Sanitation, dispensaries and jails vaccination Rajputana 1922-1927 - 1922-1927
Year: 1922
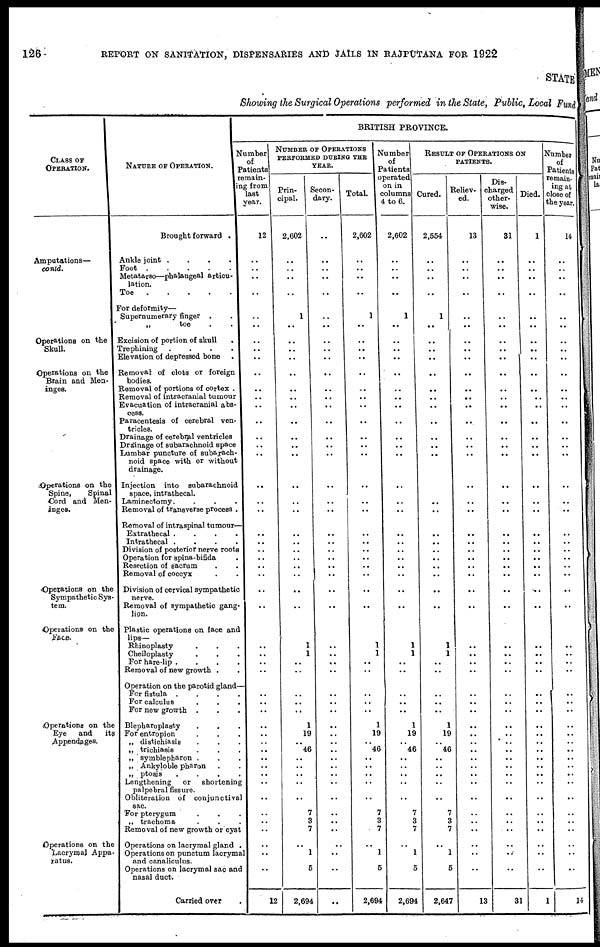
126
REPORT ON SANITATION, DISPENSARIES AND JAILS IN RAJPUTANA FOR 1922
STATE
Showing the Surgical Operations performed in the State, Public, Local Fund
CLASS OF
OPERATION.
Amputations—
conld.
Operations on the
Skull.
Operations on the
Brain and Men-
inges.
Operations on the
Spine,
Spinal
Cord and Men-
inges.
Operations on the
Sympathetic Sys-
tem.
Operations on the
Face.
Operations on the
Eye
and its
Appendages.
Operations on the
Lacrymal Appa-
ratus.
NATURE OF OPERATION.
Brought forward .
Ankle joint
.
.
.
.
Foot
Metatarso—phalangeal articu-
lation.
Toe
For deformity—
Supernumerary finger ..
„
toe ..
Excision of portion of skull .
Trephining
.
.
.
.
Elevation of depressed bone .
Removal of clots or foreign
bodies.
Removal of portions of cortex .
Removal of intracranial tumour
Evacuation of intracranial abs-
cess.
Paracentesis of cerebral ven-
tricles.
Drainage of cerebral ventricles
Drainage of Bubarachnoid space
Lumbar puncture of subajach-
noid space with or without
drainage.
Injection into subarachnoid
space, intrathecal.
Laminectomy....
Removal of transverse process .
Removal of intraspinal tumour—
Extrathecal
.
.
.
.
Intrathecal
.
.
.
.
Division of posterior nerve roots
Operation for spina-bifida .
Resection of sacrum ..
Removal of coccyx ..
Division of cervical sympathetic
nerve.
Removal of sympathetic gang-
lion.
Plastic operations on face and
lips—
Rhinoplasty ...
Cheiloplasty ...
For hare-lip
.
.
.
.
Removal of new growth ..
Operation on the parotid gland—
For
fistula
.
.
.
.
For calculus ...
For new growth ...
Blepharoplasty ...
For entropion ...
„ distichiasis ...
„ trichiasis ...
„ symblepharon ...
„ Ankyloble pharon ...
„ ptosis ...
Lengthening or shortening
palpebral fissure.
Obliteration of conjunctival
sac.
For pterygum
...
„ trachoma ...
Removal of new growth or cyst
Operations on lacrymal gland .
Operations on punctum lacryma
and canaliculus.
Operations on lacrymal sac and
nasal duct.
Carried over .
BRITISH PROVINCE.
Number
of
Patients
remain-
ing from
last
year.
12
..
..
..
..
..
..
..
..
..
..
..
..
..
..
..
..
..
..
..
..
..
..
..
..
..
..
..
..
..
..
..
..
..
..
..
..
..
..
..
..
..
..
..
..
..
..
..
..
..
1
..
12
NUMBER OF OPERATIONS
PERFORMED DURING THE
YEAR.
Prin-
cipal.
2,602
..
..
..
..
1
..
..
..
..
..
..
..
..
..
..
..
..
..
..
..
..
..
..
..
..
..
..
..
..
1
1
..
..
..
..
..
1
19
..
46
..
..
..
..
..
7
3
7
..
1
5
2,694
Secon-
dary.
..
..
..
..
..
..
..
..
..
..
..
..
..
..
..
..
..
..
..
..
..
..
..
..
..
..
..
..
..
..
..
..
..
..
..
..
..
..
..
..
..
..
..
..
..
..
..
..
..
..
..
..
..
Total.
2,602
..
..
..
..
1
..
..
..
..
..
..
..
..
..
..
..
..
..
..
..
..
..
..
..
..
..
..
..
..
1
1
..
..
..
..
..
1
19
..
46
..
..
..
..
..
7
3
7
..
1
5
2,694
Number
of
Patients
operated
on in
columns
4 to 6.
2,602
..
..
..
..
1
..
..
..
..
..
..
..
..
..
..
..
..
..
..
..
..
..
..
..
..
..
..
..
..
1
1
..
..
..
..
..
1
19
..
46
..
..
..
..
..
7
3
7
..
1
5
2,694
RESULT OF OPERATIONS ON
PATIENTS.
Cured.
2,554
..
..
..
..
1
..
..
..
..
..
..
..
..
..
..
..
..
..
..
..
..
..
..
..
..
..
..
..
..
1
1
..
..
..
..
..
1
19
..
46
..
..
..
..
..
7
3
7
..
1
5
2,647
Reliev-
ed.
13
..
..
..
..
..
..
..
..
..
..
..
..
..
...
..
..
..
..
..
..
..
..
..
..
..
..
..
..
..
..
..
..
..
..
..
..
..
..
..
..
..
..
..
..
..
..
..
..
..
..
..
13
Dis-
charged
other-
wise.
31
..
..
..
..
..
..
..
..
..
..
..
..
..
..
..
..
..
..
..
..
..
..
..
..
..
..
..
..
..
..
..
..
..
..
..
..
..
..
..
..
..
..
..
..
..
..
..
..
..
..
..
31
Died.
1
..
..
..
..
..
..
..
.. ..
..
..
..
..
..
..
..
..
..
..
..
..
..
..
..
..
..
..
..
..
..
..
..
..
..
..
..
..
..
..
..
..
..
..
..
..
..
..
..
..
..
..
1
Number
of
Patients
remain-
ing at
close of
the year.
14
..
..
..
..
..
..
..
..
..
..
..
..
..
..
..
..
..
..
..
..
..
..
..
..
..
..
..
..
..
..
..
..
..
..
..
..
..
..
..
..
..
..
..
..
..
..
..
..
..
..
..
14